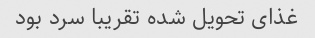
غذای تحویل شده تقریبا سرد بود